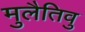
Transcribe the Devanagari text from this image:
मुलैतिवु